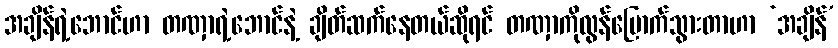
အချိန်ရဲ့ဘောင်ဟာ တဏှာရဲ့ဘောင်နဲ့ ချိတ်ဆက်နေတယ်ဆိုရင် တဏှာကိုလွန်မြောက်သွားတာဟာ ‘အချိန်’